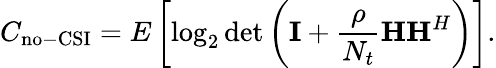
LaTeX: C_{\mathrm{no-CSI}}=E\left[\log_{2}\operatorname*{det}\left(\mathbf{I}+{\frac{\rho}{N_{t}}}\mathbf{H}\mathbf{H}^{H}\right)\right].